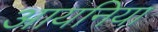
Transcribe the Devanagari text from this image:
आयनिया